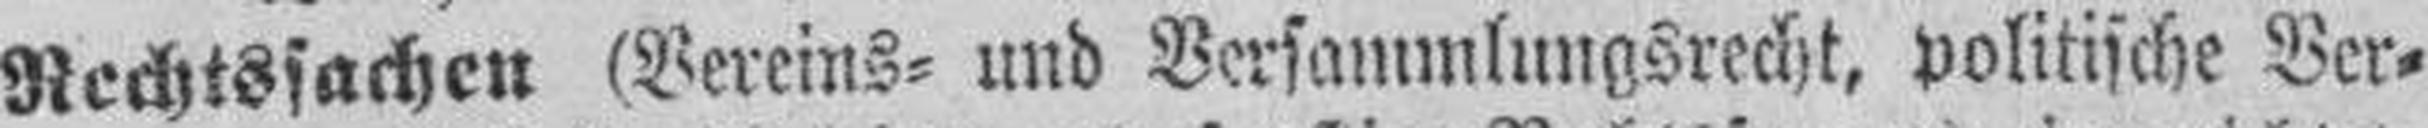
Rechtssachen (Vereins= und Versammlungsrecht, politische Ver¬